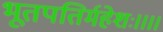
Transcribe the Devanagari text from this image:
भूतपतिर्महेशः।।।।